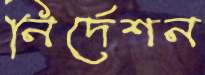
নির্দেশন